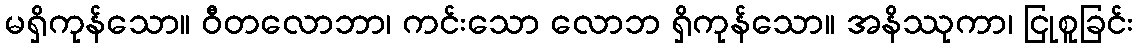
မရှိကုန်သော။ ဝီတလောဘာ၊ ကင်းသော လောဘ ရှိကုန်သော။ အနိဿုကာ၊ ငြုစူခြင်း